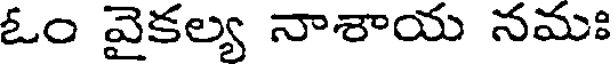
ఓం వైకల్య నాశాయ నమః